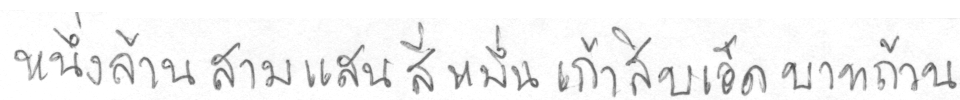
หนึ่งล้านสามแสนสี่หมื่นเก้าสิบเอ็ดบาทถ้วน